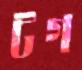
টগ